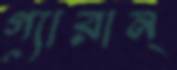
গ্যারান্